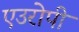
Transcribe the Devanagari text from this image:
एउरोपी